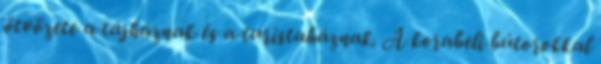
ötvözete a tájháznak és a turistaháznak. A korabeli bútorokkal